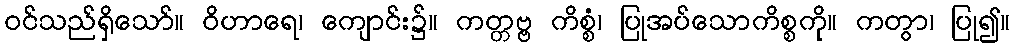
ဝင်သည်ရှိသော်။ ဝိဟာရေ၊ ကျောင်း၌။ ကတ္တဗ္ဗ ကိစ္စံ၊ ပြုအပ်သောကိစ္စကို။ ကတွာ၊ ပြု၍။